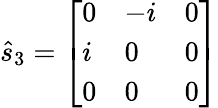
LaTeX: {\hat{s}}_{3}={\left[\begin{array}{lll}{0}&{-i}&{0}\\ {i}&{0}&{0}\\ {0}&{0}&{0}\end{array}\right]}